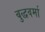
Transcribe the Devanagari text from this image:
बुद्धवर्मा